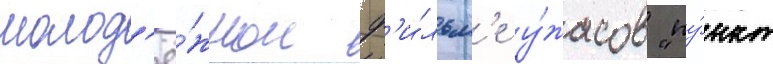
молод'ё́жном ф'и́льм'е у́жасов "пу́нкт